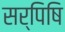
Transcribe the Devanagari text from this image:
सर्पिषि